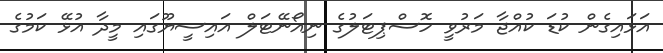
އަޅައިގެން ކުޑަ ކުއްޖާ މަރުވީ ހޮސްޕިޓަލުގެ ނިއޯނޭޓަލް އައިސީޔޫގައި މީދާ އުޅޭ ކަމުގެ